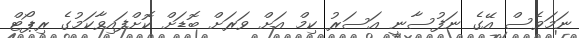
ނަމަވެސް އޭގެ ނަފުސާނީ އަސަރު ކިމް އަށް ވަރަށް ބޮޑަށް ކޮށްފައިވާކަމުގެ ރިޕޯޓް